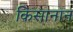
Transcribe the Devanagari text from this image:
किसानान